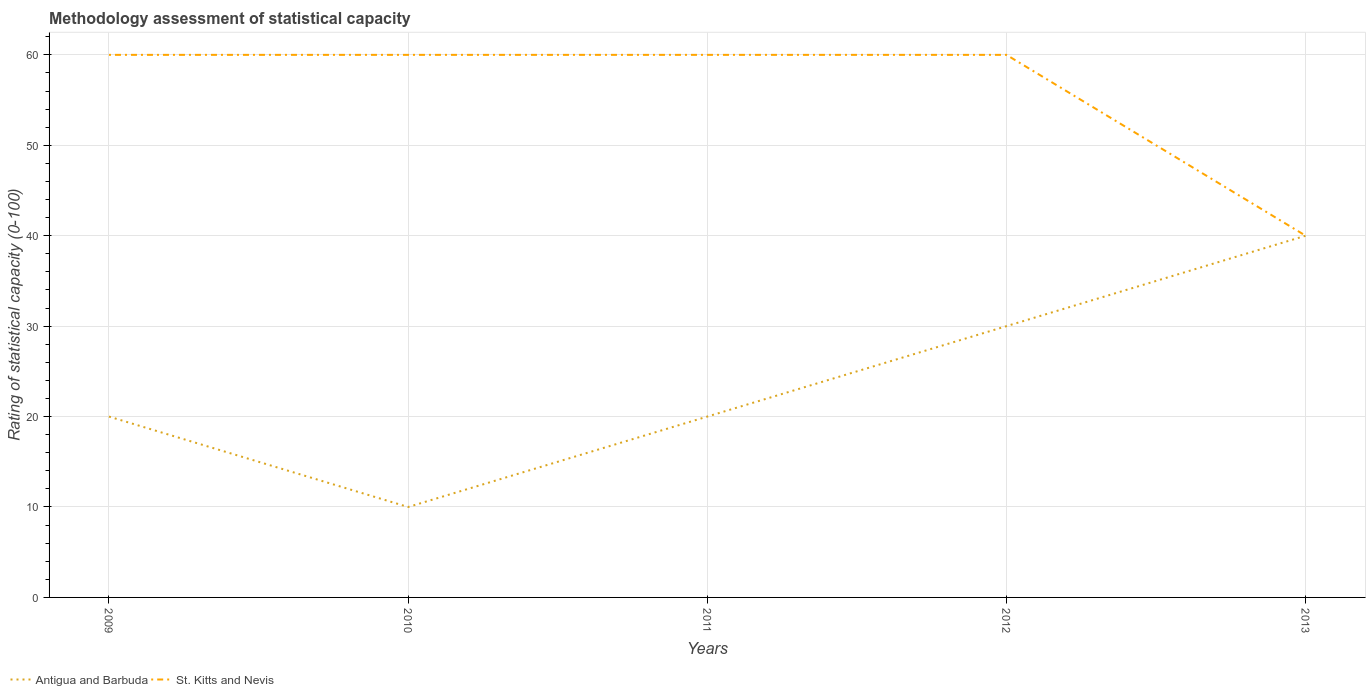
| Years | Antigua and Barbuda | St. Kitts and Nevis |
 | --- | --- | --- |
 | 2009 | 20 | 60 |
 | 2010 | 10 | 60 |
 | 2011 | 20 | 60 |
 | 2012 | 30 | 60 |
 | 2013 | 40 | 40 |